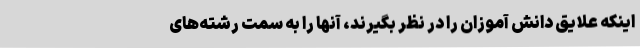
اینکه علایق دانش آموزان را در نظر بگیرند، آنها را به سمت رشته‌های